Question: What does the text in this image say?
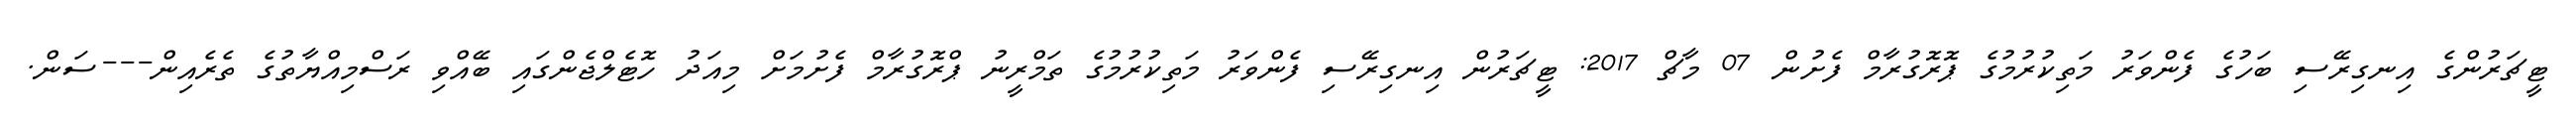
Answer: ޓީޗަރުންގެ އިނގިރޭސި ބަހުގެ ފެންވަރު މަތިކުރުމުގެ ޕޮރޮގުރާމް ފެށުން 07 މާޗް 2017: ޓީޗަރުން އިނގިރޭސި ފެންވަރު މަތިކުރުމުގެ ތަމްރީނު ޕްރޮގުރާމް ފެށުމަށް މިއަދު ހޮޓެލްޖެންގައި ބޭއްވި ރަސްމިއްޔާތުގެ ތެރެއިން---ސަން.